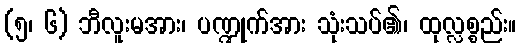
(၅၊ ၆) ဘီလူးမအား၊ ပဏ္ဍုက်အား သုံးသပ်၏၊ ထုလ္လစ္စည်း။